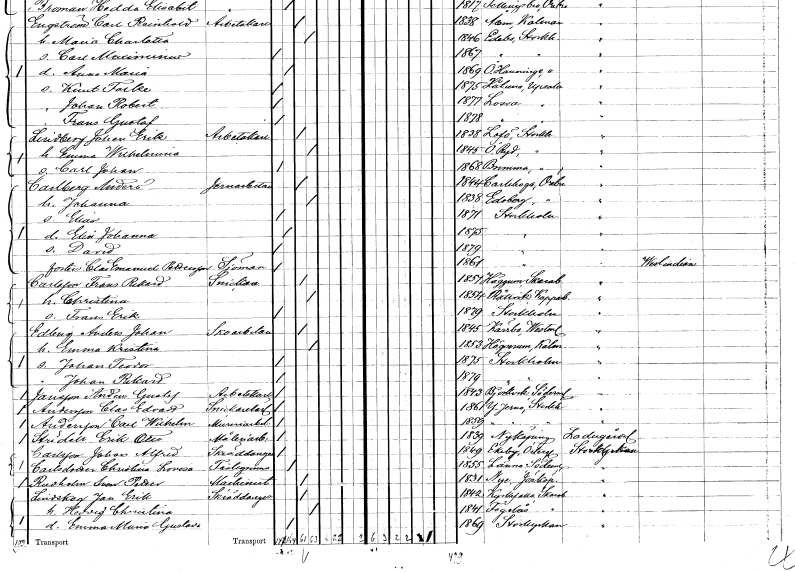
gt_parse: households: individuals: FN: Johan Erik
EN: Lindberg
YRKE: Arbetskarl
KON: M
CIV: G
FODAR: 1838
FODFORS: Lovö Stockholms län
FN: Emma Wilhelmina
KON: K
CIV: G
FODAR: 1845
FODFORS: Östra Ryd Stockholms län
FN: Carl Johan
KON: M
CIV: O
FODAR: 1868
FODFORS: Bromma Stockholms län
FN: Anders
EN: Carlberg
YRKE: Järnarbetare
KON: M
CIV: G
FODAR: 1844
FODFORS: Karlskoga Örebro län
FN: Johanna
KON: K
CIV: G
FODAR: 1838
FODFORS: Edsberg Örebro län
FN: Elias
KON: M
CIV: O
FODAR: 1871
FODFORS: Stockholm
FN: Elin Johanna
KON: K
CIV: O
FODAR: 1875
FODFORS: Stockholm
FN: David
KON: M
CIV: O
FODAR: 1879
FODFORS: Stockholm
FN: Clas Emanuel
EN: Pettersson
YRKE: Sjöman
KON: M
CIV: O
FODAR: 1861
FODFORS: Stockholm
FN: Frans Rikard
EN: Carlsson
YRKE: Snickare
KON: M
CIV: G
FODAR: 1851
FODFORS: Häggum Skaraborgs län
FN: Christina
KON: K
CIV: G
FODAR: 1854
FODFORS: Rättvik Kopparbergs län
FN: Frans Erik
KON: M
CIV: O
FODAR: 1879
FODFORS: Stockholm
FN: Anders Johan
EN: Edling
YRKE: Skoarbetare
KON: M
CIV: G
FODAR: 1845
FODFORS: Kärrbo Västmanlands län
FN: Emma Kristina
KON: K
CIV: G
FODAR: 1853
FODFORS: Högsrum Kalmar län
FN: Johan Teodor
KON: M
CIV: O
FODAR: 1875
FODFORS: Stockholm
FN: Johan Rikard
KON: M
CIV: O
FODAR: 1879
FODFORS: Stockholm
FN: Anders Gustaf
EN: Jansson
YRKE: Arbetskarl
KON: M
CIV: O
FODAR: 1843
FODFORS: Björkvik Södermanlands län
FN: Clas Edvard
EN: Andersson
YRKE: Snickarelärling
KON: M
CIV: O
FODAR: 1861
FODFORS: Ytterjärna Stockholms län
FN: Carl Wilhelm
EN: Andersson
YRKE: Mureriarbetare
KON: M
CIV: O
FODAR: 1859
FODFORS: Ytterjärna Stockholms län
FN: Erik Otto
EN: Strädell
YRKE: Måleriarbetare
KON: M
CIV: O
FODAR: 1839
FODFORS: Nyköping Södermanlands län
FN: Johan Alfred
EN: Carlsson
YRKE: Skräddaregesäll
KON: M
CIV: O
FODAR: 1849
FODFORS: Ekeby Östergötlands län
FN: Christina Lovisa
EN: Carlsdotter
KON: K
CIV: O
FODAR: 1855
FODFORS: Länna Södermanlands län
FN: Sven Petter
EN: Rudholm
YRKE: Maskinist
KON: M
CIV: G
FODAR: 1831
FODFORS: Nye Jönköpings län
FN: Jan Erik
EN: Lindskog
YRKE: Skräddaregesäll
KON: M
CIV: G
FODAR: 1842
FODFORS: Kyrkefalla Skaraborgs län
FN: Hedvig Christina
KON: K
CIV: G
FODAR: 1841
FODFORS: Fågelås Skaraborgs län
FN: Emma Maria Gustava
KON: K
CIV: O
FODAR: 1869
FODFORS: Storkyrkoförsamlingen Stockholms stad